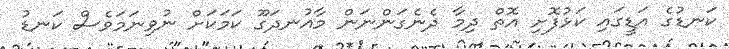
ކަނޑުގެ އަޑީގައި ކަޅުފޮށި އޮތް ދިމާ ދެނެގަންނަން މާއުނދަގޫ ކަމަކަށް ނުވިނަމަވެސް ކަނޑު